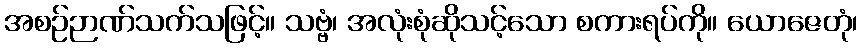
အစဉ်ဉာဏ်သက်သဖြင့်။ သဗ္ဗံ၊ အလုံးစုံဆိုသင့်သော စကားရပ်ကို။ ယောဇေတုံ၊